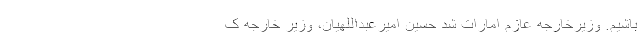
باشیم. وزیرخارجه عازم امارات شد حسین امیرعبداللهیان، وزیر خارجه ک